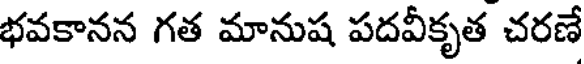
భవకానన గత మానుష పదవీకృత చరణే